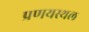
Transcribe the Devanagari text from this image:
प्रणयस्थल